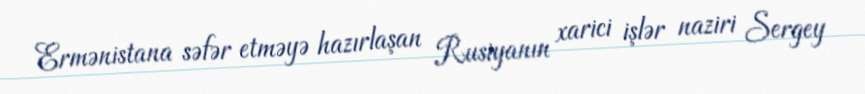
Ermənistana səfər etməyə hazırlaşan Rusiyanın xarici işlər naziri Sergey